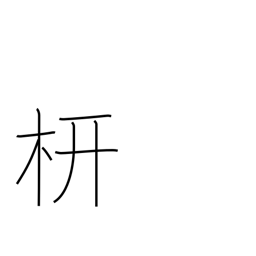
Meaning: rafter